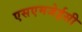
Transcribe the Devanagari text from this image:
एसएमजेईसी